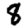
Digit: 8